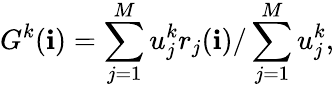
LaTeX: G^{k}(\mathbf{i})=\sum_{j=1}^{M}u_{j}^{k}r_{j}(\mathbf{i})/\sum_{j=1}^{M}u_{j}^{k},